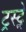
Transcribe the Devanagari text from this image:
ट्रस्ट्ने